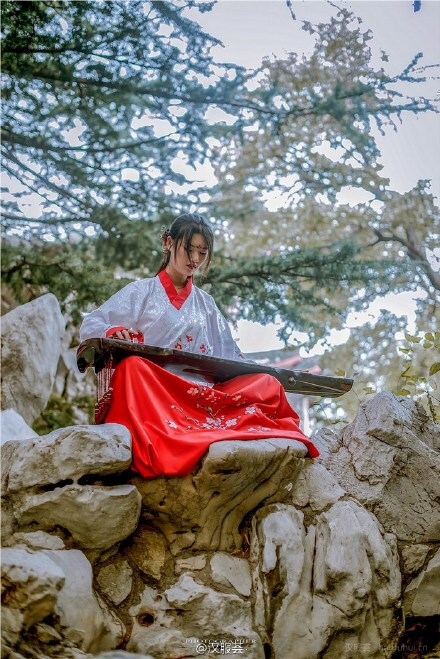
莫道蓝桥路远，行云中隔幽坊。